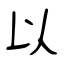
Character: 以